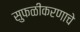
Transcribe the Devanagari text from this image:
सुफळीकरणाचे